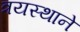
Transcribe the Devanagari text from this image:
त्रयस्थाने